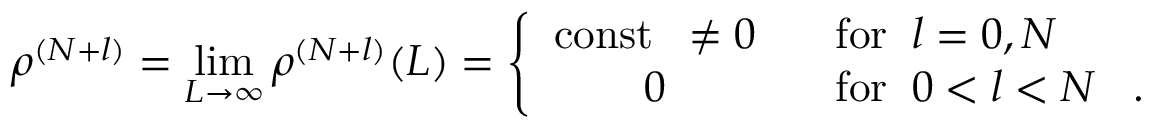
\rho ^ { ( N + l ) } = \operatorname * { l i m } _ { L \rightarrow \infty } \rho ^ { ( N + l ) } ( L ) = \left\{ \begin{array} { c l } { { \mathrm { c o n s t } \; \; \neq 0 } } & { { \; \; \; \mathrm { f o r } \; \; l = 0 , N } } \\ { { 0 } } & { { \; \; \; \mathrm { f o r } \; \; 0 < l < N \; \; \; . } } \end{array} \right.